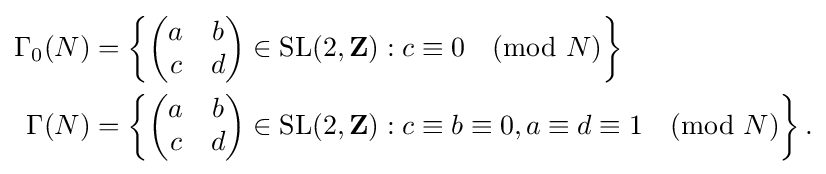
{\begin{aligned}\Gamma _{0}(N)&=\left\{{\begin{pmatrix}a&b\\c&d\end{pmatrix}}\in {\text{SL}}(2,\mathbf {Z} ):c\equiv 0{\pmod {N}}\right\}\\\Gamma (N)&=\left\{{\begin{pmatrix}a&b\\c&d\end{pmatrix}}\in {\text{SL}}(2,\mathbf {Z} ):c\equiv b\equiv 0,a\equiv d\equiv 1{\pmod {N}}\right\}.\end{aligned}}